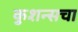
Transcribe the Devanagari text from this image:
कुशन्सचा